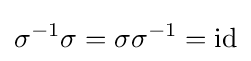
\sigma ^{-1}\sigma =\sigma \sigma ^{-1}={\text{id}}